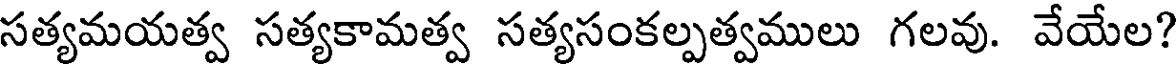
సత్యమయత్వ సత్యకామత్వ సత్యసంకల్పత్వములు గలవు. వేయేల?